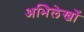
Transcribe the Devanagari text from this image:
अभिेलेखों